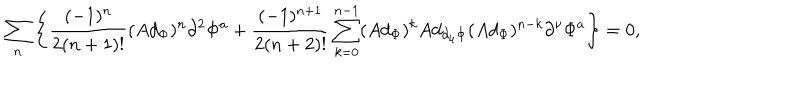
LaTeX: \sum _ { n } \left\{ \frac { ( - 1 ) ^ { n } } { 2 ( n + 1 ) ! } ( A d _ { \Phi } ) ^ { n } \partial ^ { 2 } \Phi ^ { a } + \frac { ( - 1 ) ^ { n + 1 } } { 2 ( n + 2 ) ! } \sum _ { k = 0 } ^ { n - 1 } ( A d _ { \Phi } ) ^ { k } A d _ { \partial _ { \mu } \Phi } ( A d _ { \Phi } ) ^ { n - k } \partial ^ { \nu } \Phi ^ { a } \right\} = 0 ,